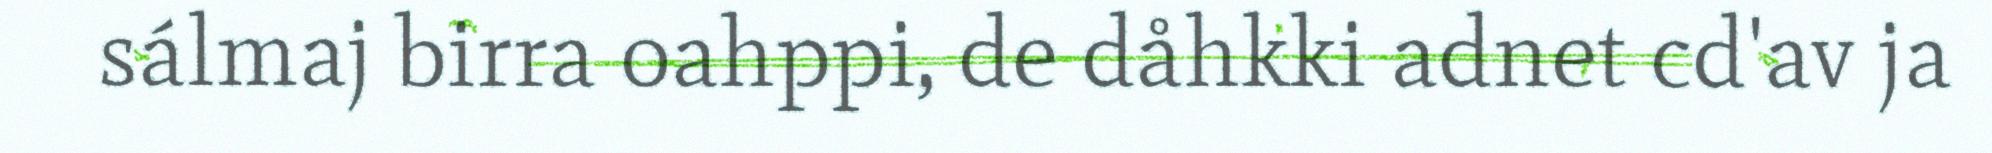
sálmaj birra oahppi, de dåhkki adnet cd'av ja